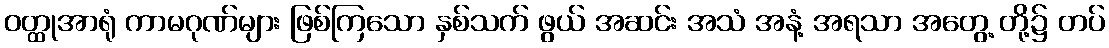
ဝတ္ထုအာရုံ ကာမဂုဏ်များ ဖြစ်ကြသော နှစ်သက် ဖွယ် အဆင်း အသံ အနံ့ အရသာ အတွေ့ တို့၌ တပ်